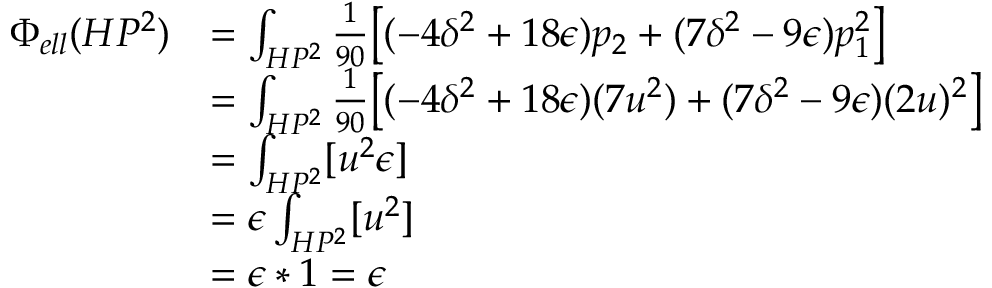
{ \begin{array} { r l } { \Phi _ { e l l } ( H P ^ { 2 } ) } & { = \int _ { H P ^ { 2 } } { \frac { 1 } { 9 0 } } { \big [ } ( - 4 \delta ^ { 2 } + 1 8 \epsilon ) p _ { 2 } + ( 7 \delta ^ { 2 } - 9 \epsilon ) p _ { 1 } ^ { 2 } { \big ] } } \\ & { = \int _ { H P ^ { 2 } } { \frac { 1 } { 9 0 } } { \big [ } ( - 4 \delta ^ { 2 } + 1 8 \epsilon ) ( 7 u ^ { 2 } ) + ( 7 \delta ^ { 2 } - 9 \epsilon ) ( 2 u ) ^ { 2 } { \big ] } } \\ & { = \int _ { H P ^ { 2 } } [ u ^ { 2 } \epsilon ] } \\ & { = \epsilon \int _ { H P ^ { 2 } } [ u ^ { 2 } ] } \\ & { = \epsilon * 1 = \epsilon } \end{array} }